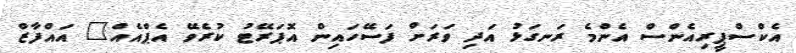
އެކްސްޕީރިއެންސް އެންމެ ރަނގަޅު އަދި ވަރަށް ފަސޭހައިން އޮޕަރޭޓު ކުރެވޭ އެޕްއެއް" އައްފާޒް